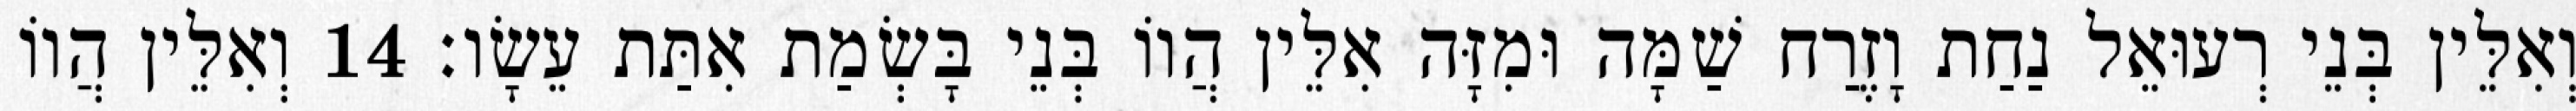
וְאִלֵּין בְּנֵי רְעוּאֵל נַחַת וָזֶרַח שַׁמָּה וּמִזָּה אִלֵּין הֲווֹ בְּנֵי בָּשְׂמַת אִתַּת עֵשָׂו׃ 14 וְאִלֵּין הֲווֹ